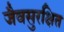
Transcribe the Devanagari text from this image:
जैवसुरक्षित